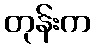
တုန်းက